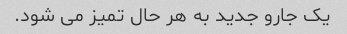
یک جارو جدید به هر حال تمیز می شود.